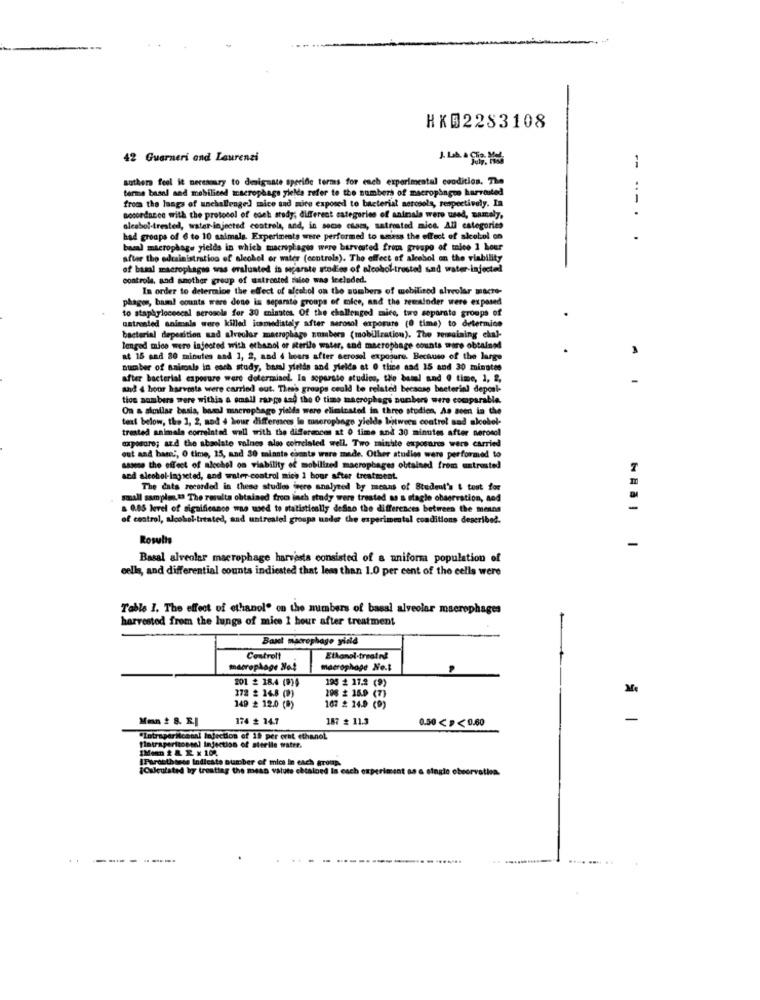
HKD2283108
42 Guarneri and Laurenzi
--
suthers feel it necessary to designate specific terms for each experimental condition. The
terme basal and mobiliced macrophage ylelda refer to the numbers of macropingen harrosted
from the langs of unchallenged mice and mice exposed to bacterial aerosols, respectively. In
accordance with the protocol of cseh stody; different categories of animals were used, namely,
alesbol-trested, water injected controla, and, in socse cilais, satreated mice. All categories
had groups of 6 to 10 saimals. Experiments were performed to access the effect of alcohol on
basal macrophage yields in which macrophages were burverted from groupe of tnice 1 hour
har tho odrainistration of alcohol or water (centrola). The effect of alcohol on the viability
of basal macrophages was evaluated in mgarste stod'es of alcohol-trusted and water injected
controle, and another group of uatrostod salce was included.
In order to determine the effect of alcohol on the numbers of mobilized alveolar macto-
phages, bam! counts were dene ia separate groups of mice, and the remainder were exposed
to staphylocoocal aerosols for 30 minutes. Of the challenged mice, two separate groups of
untreated animals were killed icamedistaly after aerosol exporure (0 time) to determine
bacterial deperition sad alveolar macrophage numbers (mobilization). The remaining chal-
lengod mice were injected with ethanol or Rerile water, and macrophage counts mare obtained
at 15 and 30 minutes and 1, 2, and 4 hours after serosol exposure. Because of the large
number of animals in each study, basal yields and yields at 0 thice and 15 and 30 minutes
after bacterial exposure ware doterminol. In soparato studios, tale bamal and @ time, 1, 2,
and 4 hour harvesta were carried out. These groups could be related becacsp bacterinl deposl-
tion aombers were withia a small range and the O timo macrophags numbers were comparable.
On a similar basis, bacal macrophago yields were eliminated in three studien, As seen in the
text below, the 1, 2, and 4 hour differmees in macrophage yielde bitwees contrel sad alcohol-
trested animale correinted wall with the differences at 0 time and 30 minutes after nerosol
exposure; and the absolute valnes also correlated well, Two mainhte exposures were carried
out and hare', O time, 15, and 30 minnte ciente ware made. Other studies were performed to
samme the effect of alcohol on viability of mobilized macrophages obtained from untrusted
and alcohol-ingscted, and water control mich 1 hour after treatment.
The dats recorded in these studies inere analyzed by means of Student's & test for
small samplent The results obtained from lach study were treated as a slaglo observation, and
. 0.05 level of significance was used to statistically deSino the differences between the means
of control, alcohol-treated, and untreated groups under the experimental conditions described.
Rosulis
-
Basal alveolar macrophage harvests consisted of a uniform population of
cells, and differential counts indicated that less than 1.0 per cent of the cells were
Table I. The effect of ethanol" on the mimbers of basal alveolar macrophages
harvested from the lungs of mice 1 hour after treatment
Bant macrophage yind
Controlt
macrophage Ne!
macrophage Ne.t
201 2 18.4 (9)4
194 2 17.2 (9)
172 £ 14.8 (9)
Me
208 # 15.0 (7)
149 # 12.0 (9)
167 # 24.0 (0)
Mon # 8. R.I
174 # 14.7
187 # 11.3
0.50< P< 0.60
-
"Lutraperilcanal Infection of 19 per eret ethanol
"intraperitoneal Injection of sterile watte.
IFurosthisis Indicate number of mice in each group.
¡Calculated hy treating the mean valute chtaloed is each experiment as a single observation.
..
-----